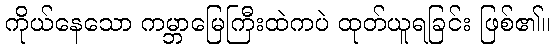
ကိုယ်နေသော ကမ္ဘာမြေကြီးထဲကပဲ ထုတ်ယူရခြင်း ဖြစ်၏။